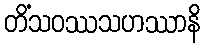
တိံသဝဿသဟဿာနိ